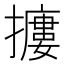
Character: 𢷱